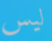
ليس